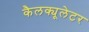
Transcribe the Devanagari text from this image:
कैलक्यूलेटर